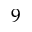
9